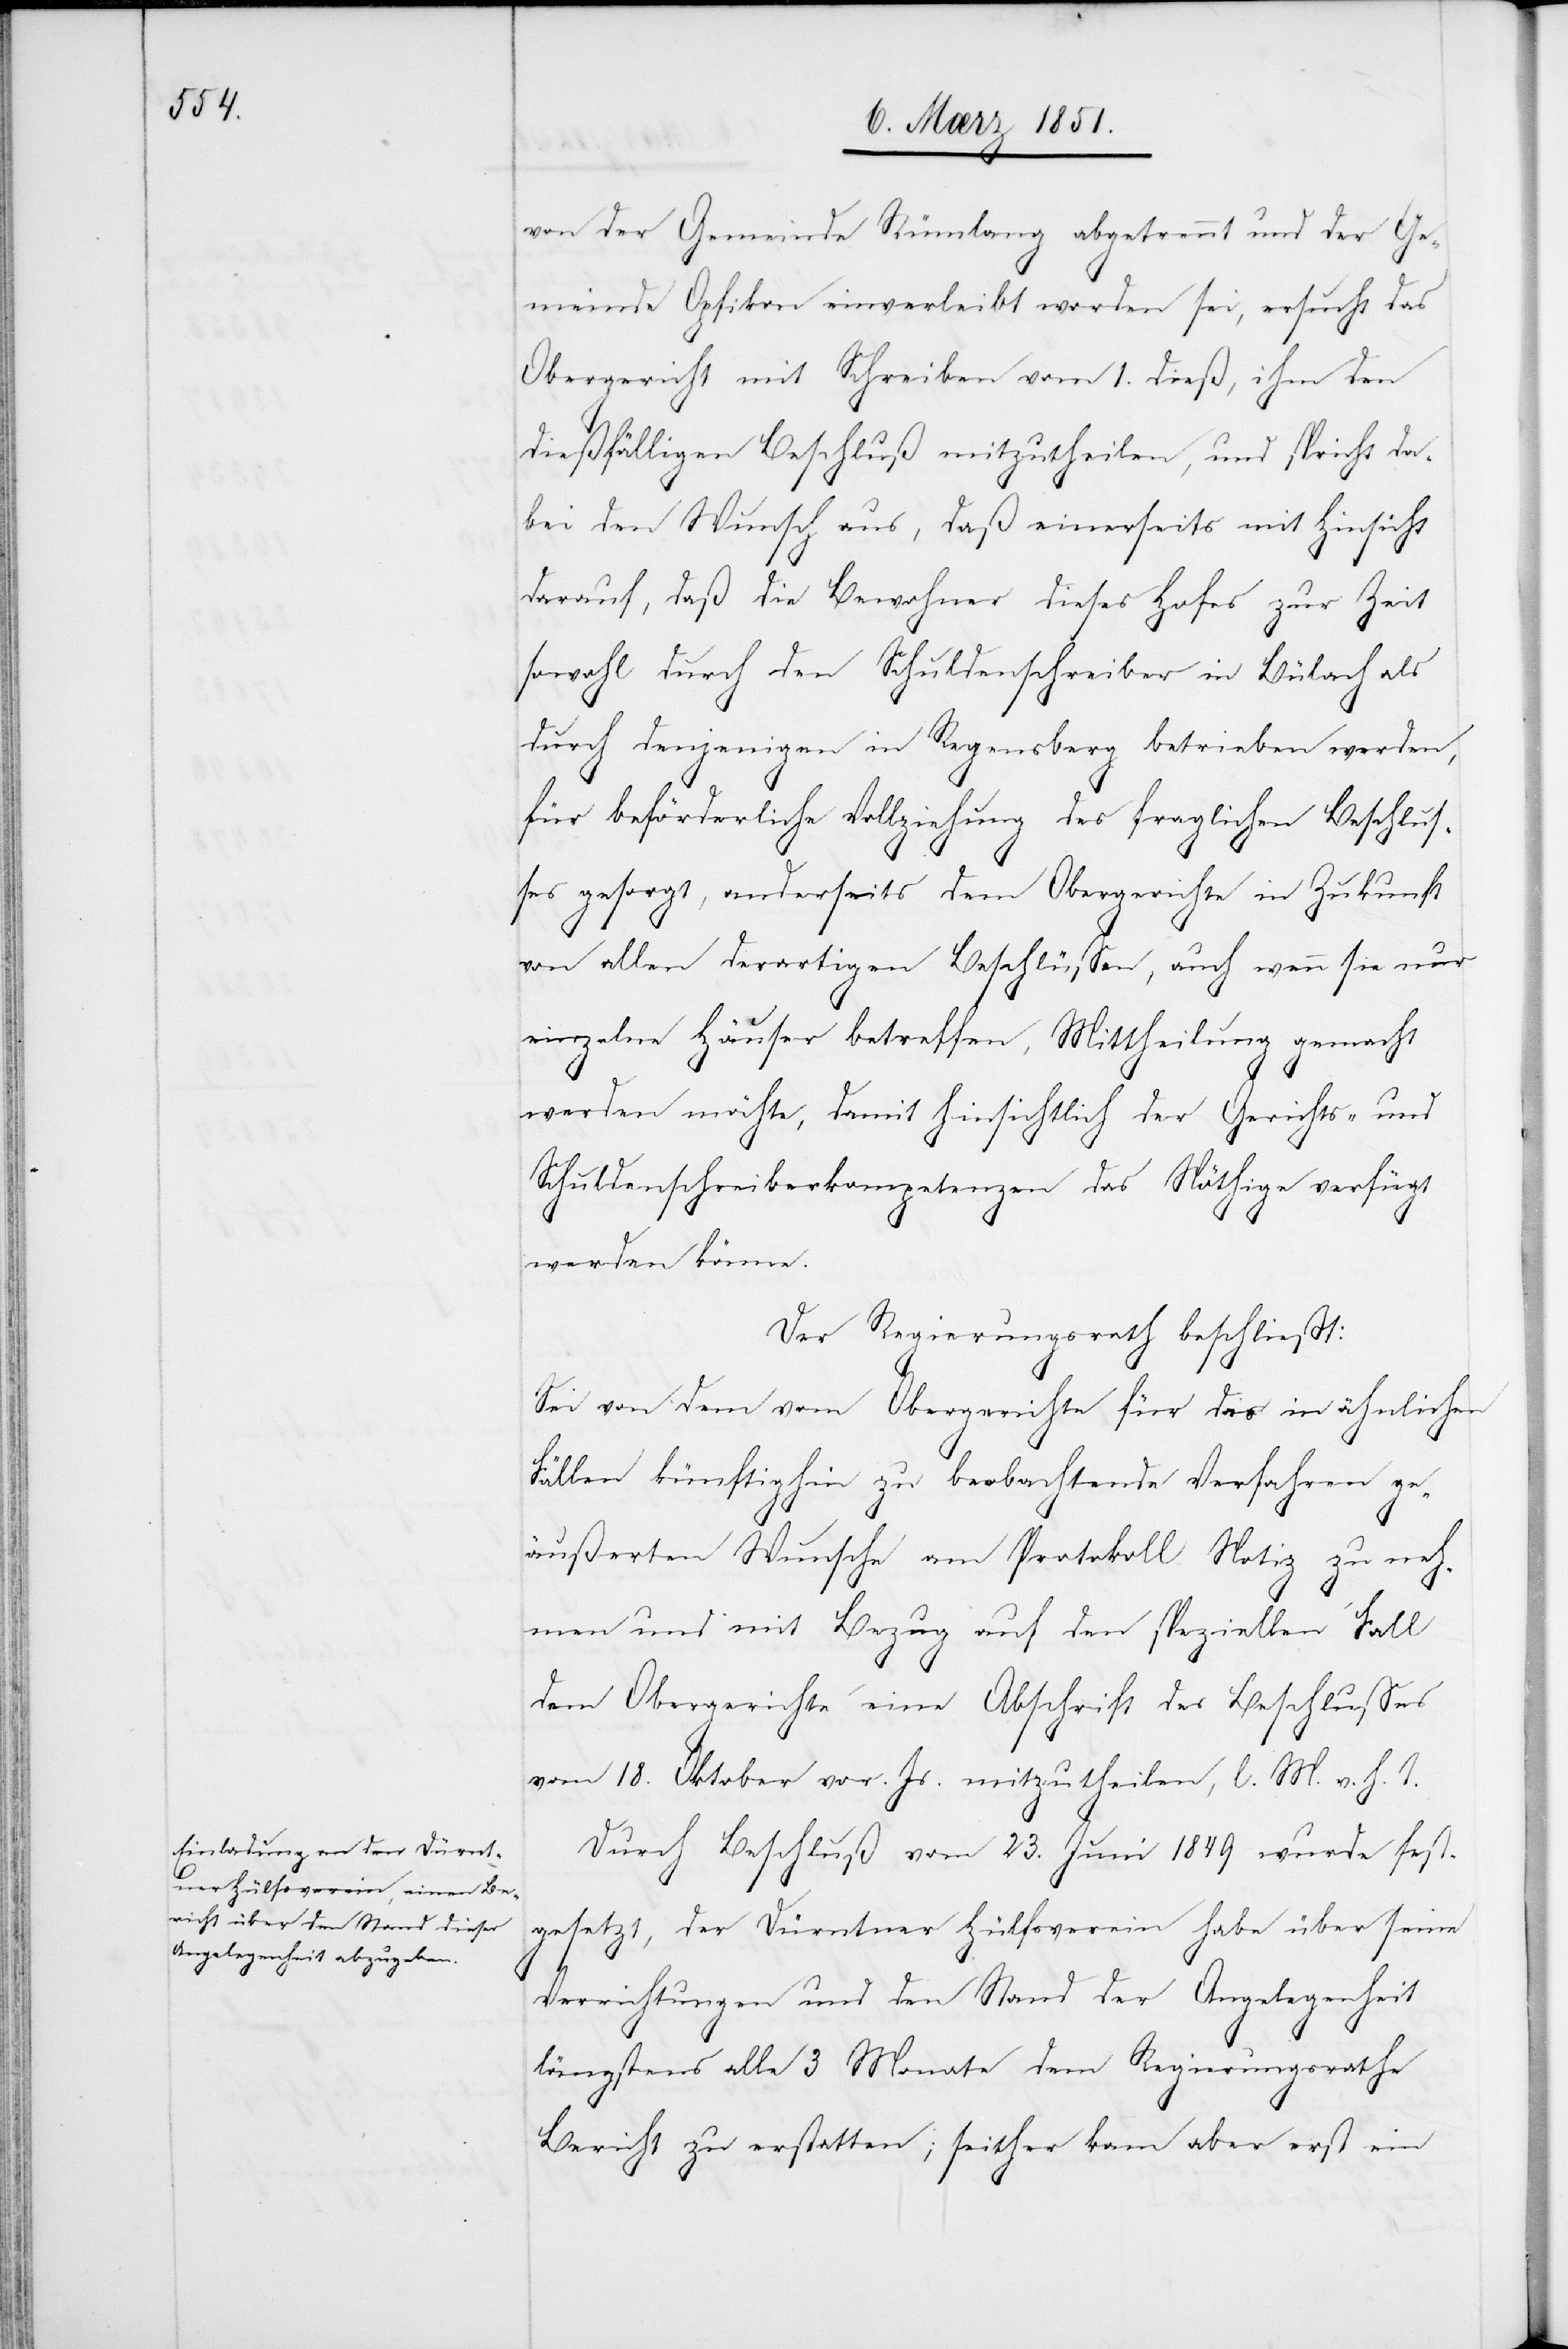
von der Gemeinde Rümlang abgetrennt und der Ge¬
meinde Opfikon einverleibt worden sei, ersucht das
Obergericht mit Schreiben vom 1. dieß, ihm den
dießfälligen Beschluß mitzutheilen, und spricht da¬
bei den Wunsch aus, daß einerseits mit Hinsicht
darauf, daß die Bewohner dieses Hofes zur Zeit
sowohl durch den Schuldenschreiber in Bülach als
durch denjenigen in Regensberg betrieben werden,
für beförderliche Vollziehung des fraglichen Beschlus¬
ses gesorgt, anderseits dem Obergerichte in Zukunft
von allen derartigen Beschlüssen, auch wenn sie nur
einzelne Häuser betreffen, Mittheilung gemacht
werden möchte, damit hinsichtlich der Gerichts- und
Schuldenschreiberkompetenzen das Nöthige verfügt
werden könne.
Der Regierungsrath beschließt:
Sei von dem vom Obergerichte für das in ähnlichen
Fällen künftighin zu beobachtende Verfahren ge¬
äußerten Wunsche am Protokoll Notiz zu neh¬
men und mit Bezug auf den speziellen Fall
dem Obergerichte eine Abschrift des Beschlusses
vom 18. Oktober vor. Js. mitzutheilen, l. M. v. h. T.
Durch Beschluß vom 23. Juni 1849 wurde fest¬
gesetzt, der Dürntner Hülfsverein habe über seine
Verrichtungen und den Stand der Angelegenheit
längstens alle 3 Monate dem Regierungsrathe
Bericht zu erstatten; seither kam aber erst ein